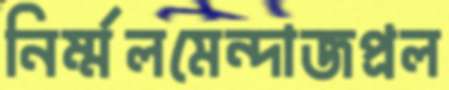
নির্ম্মলমেন্দাজপ্রল